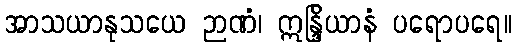
အာသယာနုသယေ ဉာဏံ၊ ဣန္ဒြိယာနံ ပရောပရေ။